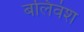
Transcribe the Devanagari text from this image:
बलिवंश